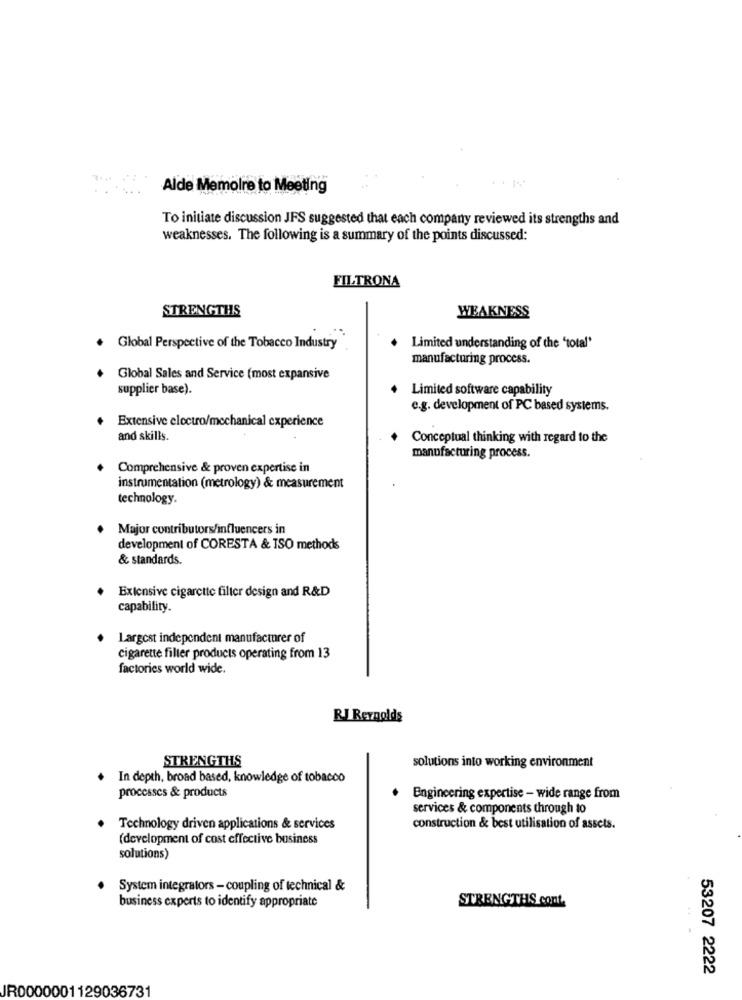
Alde Memoire to Meeting
To initiate discussion JFS suggested that each company reviewed its strengths and
weaknesses. The following is a summary of the points discussed:
FILTRONA
STRENGTHS
WEAKNESS
. Global Perspective of the Tobacco Industry
Limited understanding of the 'total'
manufacturing process.
Global Sales and Service (most expansive
supplier base).
Limited software capability
e.g. development of PC based systems.
Extensive electro/mechanical experience
and skills.
Conceptual thinking with regard to the
manufacturing process.
Comprehensive & proven expertise in
instrumentation (metrology) & measurement
technology.
Major contributors/influencers in
development of CORESTA & ISO methods
& standards.
Extensive cigarette filter design and R&D
capability.
Largest independent manufacturer of
cigarette filler products operating from 13
factories world wide.
RJ Reynolds
STRENGTHS
solutions into working environment
. In depth, broad based, knowledge of tobacco
processes & products
Engineering expertise - wide range from
services & components through to
Technology driven applications & services
construction & best utilisation of assets.
(development of cost effective business
solutions)
System integrators - coupling of technical &
STRENGTHS cont.
business experts to identify appropriate
53207 2222
JR0000001129036731